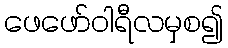
ဖေဖော်ဝါရီလမှစ၍